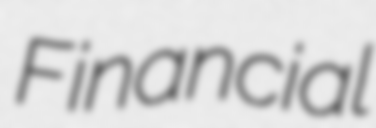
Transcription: Financial